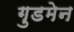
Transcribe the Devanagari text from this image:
गुडमेन